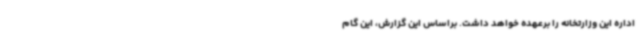
اداره این وزارتخانه را برعهده خواهد داشت. براساس این گزارش، این گام